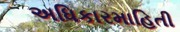
અધિકારમાહિતી